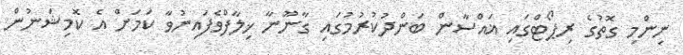
ނިންމި ގޮތުގެ ރިޕޯޓްގައި ޣައްސާން ބަންދުކުރުމުގައި ގާނޫނާ ޚިލާފްވެފައިނުވާ ކަމަށް އެ ކޮމިޝަނުން